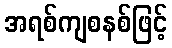
အရစ်ကျစနစ်ဖြင့်